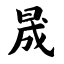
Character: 晟